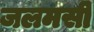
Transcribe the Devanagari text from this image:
जलमसी